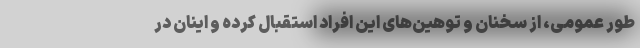
طور عمومی، از سخنان و توهین‌های این افراد استقبال کرده و اینان در